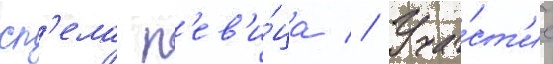
сп'ела п'ев'и́ца // Уча́ст'ие